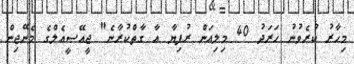
މިހާރު ކުރެވުނު ހަރަދު 40 މިލިއަން ރުފިޔާ އާ ގާތްކުރާނެ" ޖީއޭސީއެލްގެ މެނޭޖިން